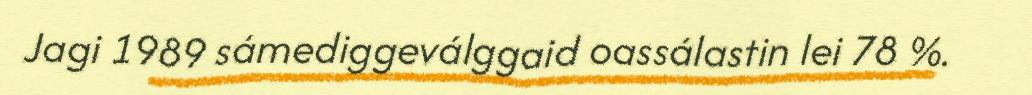
Jagi 1989 sámediggeválggaid oassálastin lei 78 %.